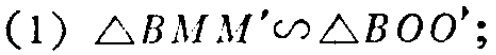
(1) $\triangle BMM'\sim\triangle BOO'$;